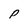
Character: P